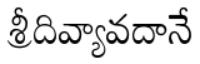
శ్రీదివ్యావదానే